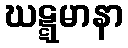
ဃဋ္ဋမာနာ